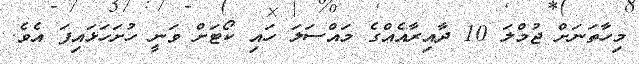
މިހާތަނަށް ޖުމްލަ 10 ދާއިރާއެއްގެ މައްސަލަ ހައި ކޯޓަށް ވަނީ ހުށަހަޅައިފަ އެވެ.